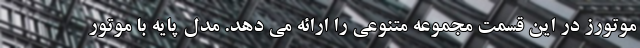
موتورز در این قسمت مجموعه متنوعی را ارائه می دهد. مدل پایه با موتور